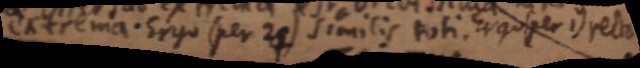
extrema. Ergo (per 24) similis toti. Ergo (per 1) recta